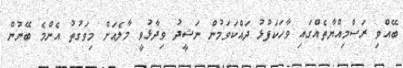
ބޭއްވި ރަސްމިއްޔާތެއްގައި ވާހަކަފުޅު ދައްކަވަމުން ނަޝީދު ވިދާޅުވީ މާލެއަށް މިވަގުތު އެންމެ ބޭނުން